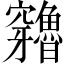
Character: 𥩍